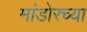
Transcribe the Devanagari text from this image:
मांडोरच्या